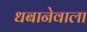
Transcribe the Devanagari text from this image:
धबानेवाला